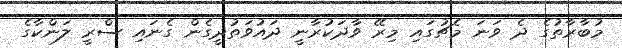
މުބާރާތުގެ ދެ ވަނަ މެޗުގައި މިރޭ ވާދަކުރާނީ ދައުވަތުދީގެން ގެނައި ސްރީ ލަންކާގެ